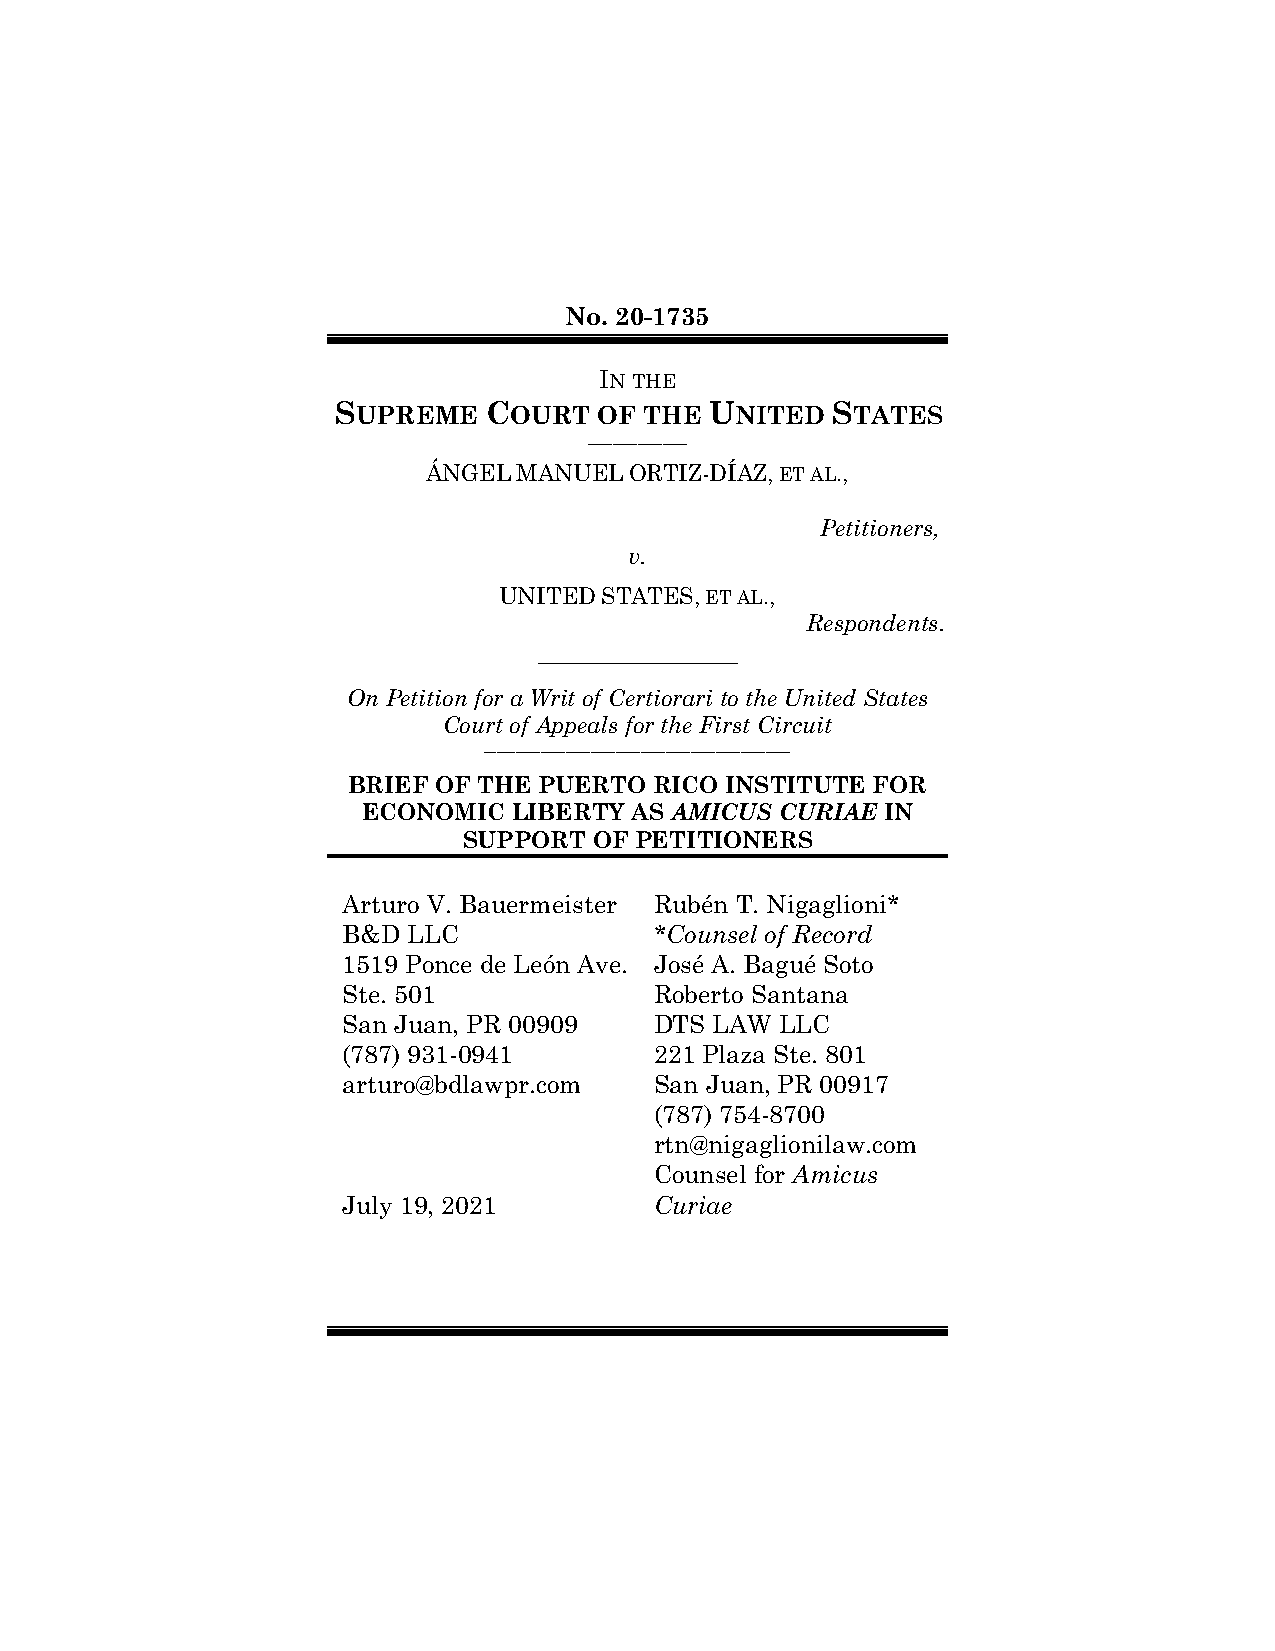
No. 20-1735
 IN THE
 SUPREME   COURT   OF THE UNITED  STATES
 ________________
 ÁNGEL MANUEL  ORTIZ-DÍAZ, ET AL.,
 Petitioners,
 v.
 UNITED STATES, ET AL.,
 Respondents.
 ________________
 On Petition for a Writ of Certiorari to the United States
 Court of Appeals for the First Circuit
 _________________________________________________
 BRIEF OF THE PUERTO RICO INSTITUTE FOR
 ECONOMIC  LIBERTY AS AMICUS CURIAE IN
 SUPPORT OF PETITIONERS
 Arturo V. Bauermeister Rubén T. Nigaglioni*
 B&D LLC             *Counsel of Record
 1519 Ponce de León Ave. José A. Bagué Soto
 Ste. 501            Roberto Santana
 San Juan, PR 00909  DTS LAW  LLC
 (787) 931-0941      221 Plaza Ste. 801
 arturo@bdlawpr.com  San Juan, PR 00917
 (787) 754-8700
 r t n @nigaglionilaw.com
 Counsel for Amicus
 July 19, 2021       Curiae